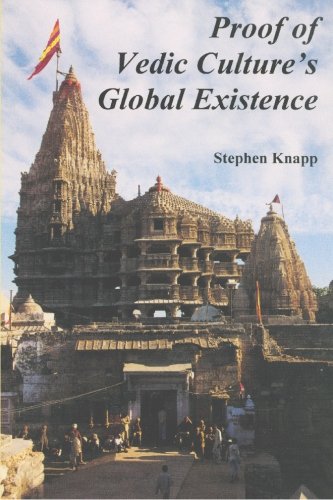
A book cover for Proof of Vedic Culture's Global Existence; Stephen Knapp; Religion & Spirituality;